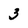
Character: 3